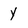
Character: Y